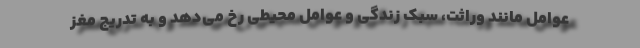
عوامل مانند وراثت، سبک زندگی و عوامل محیطی رخ می‌دهد و به تدریج مغز